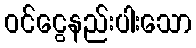
ဝင်ငွေနည်းပါးသော